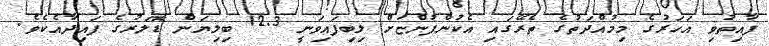
ފާއިތުވި އަހަރުގެ މިމުއްދަތުގެ ތެރޭގައި އެކުންފުންޏަށް ލިބިފައިވަނީ 12.3 ބިލިޔަން ޑޮލަރުގެ ފައިދާއެކެވެ.